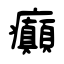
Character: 癲